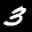
Label: 3